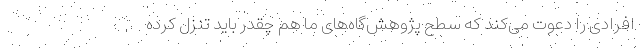
افرادی را دعوت می‌کند که سطح پژوهش‌گاه‌های ما هم چقدر باید تنزل کرده